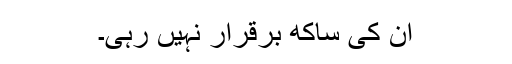
ان کی ساکھ برقرار نہیں رہی۔